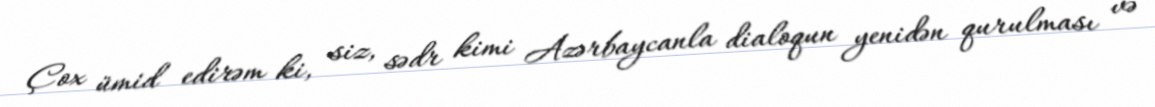
Çox ümid edirəm ki, siz, sədr kimi Azərbaycanla dialoqun yenidən qurulması və